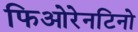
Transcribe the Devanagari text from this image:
फिओरेनटिनो